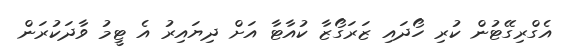
އެގްރިގޭޓުން ކުރި ހޯދައި ޒަރަގޯޒާ ކުއާޓާ އަށް ދިޔައިރު އެ ޓީމު ވާދަކުރަން